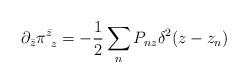
LaTeX: \begin{align*}\partial_{\bar z}\pi^{\bar z}_{~z} =-\frac{1}{2}\sum_n P_{n z} \delta^2(z- z_n)\end{align*}